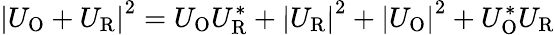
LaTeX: \left|U_{\mathrm{O}}+U_{\mathrm{R}}\right|^{2}=U_{\mathrm{O}}U_{\mathrm{R}}^{*}+\left|U_{\mathrm{R}}\right|^{2}+\left|U_{\mathrm{O}}\right|^{2}+U_{\mathrm{O}}^{*}U_{\mathrm{R}}